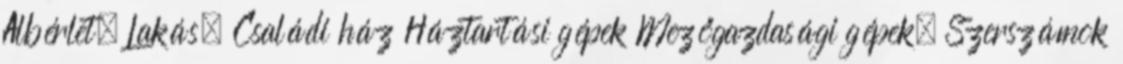
Albérlet, Lakás, Családi ház Háztartási gépek Mezőgazdasági gépek, Szerszámok